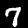
Digit: 7